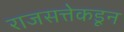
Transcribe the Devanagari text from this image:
राजसत्तेकडून